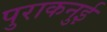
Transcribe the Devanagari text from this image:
पुराकनुई